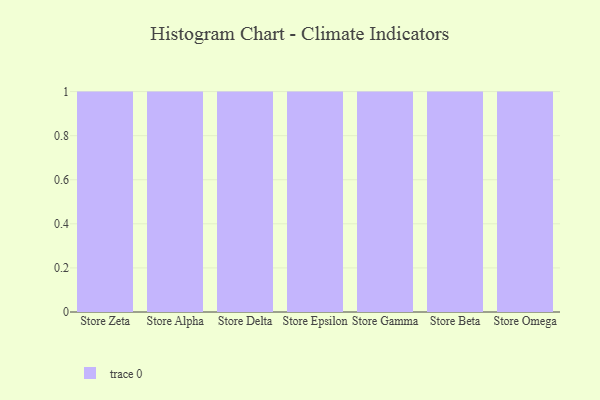
{"axis": {"x": "Store", "y": "Bounce Rate (%)"}, "legend": [""], "data": [{"x": "Store Zeta", "y": 21, "type": ""}, {"x": "Store Alpha", "y": 22, "type": ""}, {"x": "Store Delta", "y": 57, "type": ""}, {"x": "Store Epsilon", "y": 90, "type": ""}, {"x": "Store Gamma", "y": 15, "type": ""}, {"x": "Store Beta", "y": 49, "type": ""}, {"x": "Store Omega", "y": 84, "type": ""}]}